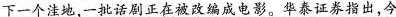
下一个洼地-批话剧正在被改编成电影。华泰证券指出，今